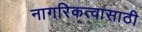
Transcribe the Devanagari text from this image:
नागरिकत्वासाठी